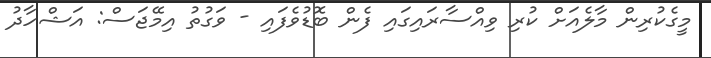
މީގެކުރިން މާލެއަށް ކުރި ވިއްސާރައިގައި ފެން ބޮޑުވެފައި - ވަގުތު އިމޭޖަސް: އަޝްހާދު